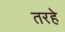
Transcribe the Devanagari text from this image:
तरहे